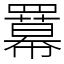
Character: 羃